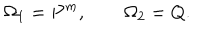
LaTeX: \Omega _ { 1 } = P ^ { m } , ~ ~ \Omega _ { 2 } = Q .